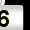
Digit: 6